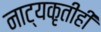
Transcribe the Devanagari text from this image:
नाट्यकृतीही